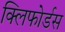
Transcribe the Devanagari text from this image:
क्लिफोर्डस